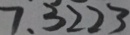
7 . 3 2 2 3